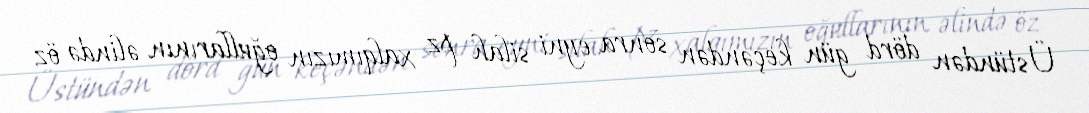
Üstündən dörd gün keçəndən sonra eyni silah pz xalqımızın oğullarının əlində öz